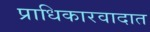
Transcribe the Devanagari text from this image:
प्राधिकारवादात